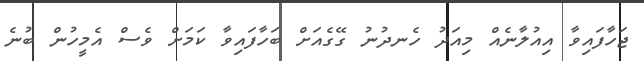
ޖަހާފައިވާ އިއުލާނެއް މިއަދު ހެނދުނު ގޭގެއަށް ބަހާފައިވާ ކަމަށް ވެސް އެމީހުން ބުނެ